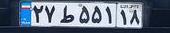
۲۷ط۵۵۱۱۸